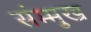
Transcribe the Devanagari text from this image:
संम्मुख